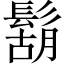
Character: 鬍